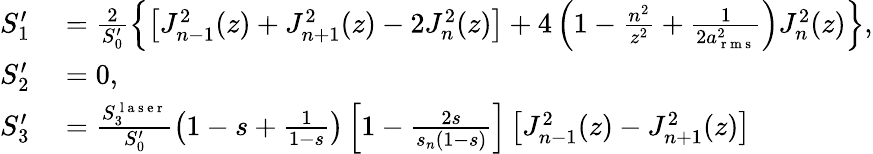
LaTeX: \begin{array}{rl}{S_{1}^{\prime}}&{{}=\frac{2}{S_{0}^{\prime}}\left\{ \left[J_{n-1}^{2}(z)+J_{n+1}^{2}(z)-2J_{n}^{2}(z)\right]+4\left(1-\frac{n^{2}}{z^{2}}+\frac{1}{2a_{\mathrm{~r~m~s~}}^{2}}\right)J_{n}^{2}(z)\right\} ,}\\ {S_{2}^{\prime}}&{{}=0,}\\ {S_{3}^{\prime}}&{{}=\frac{S_{3}^{\mathrm{~l~a~s~e~r~}}}{S_{0}^{\prime}}\left(1-s+\frac{1}{1-s}\right)\left[1-\frac{2s}{s_{n}(1-s)}\right]\left[J_{n-1}^{2}(z)-J_{n+1}^{2}(z)\right]}\end{array}